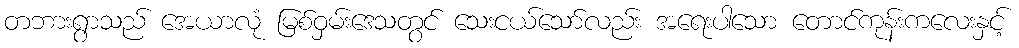
တဘားရွာသည် အေယာလုံ မြစ်ဝှမ်းဒေသတွင် သေးငယ်သော်လည်း အရေးပါသော တောင်ကုန်းကလေးနှင့်